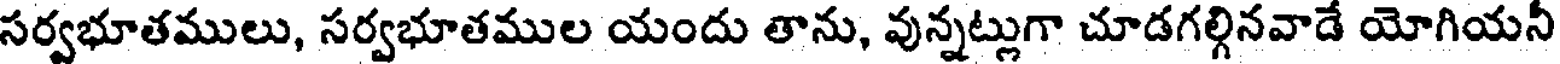
సర్వభూతములు, సర్వభూతముల యందు తాను, వున్నట్లుగా చూడగల్గినవాడే యోగియనీ